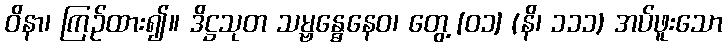
ဝိနာ၊ ကြဉ်ထား၍။ ဒိဋ္ဌသုတ သမ္ဗန္ဓေနေဝ၊ တွေ့ [၀၁] (နိ၊ ၁၁၁) အပ်ဖူးသော